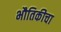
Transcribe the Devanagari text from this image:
भौतिकीचा